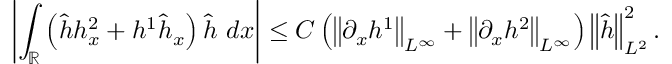
\left| \int _ { \mathbb R } \left( \widehat { h } h _ { x } ^ { 2 } + h ^ { 1 } \widehat { h } _ { x } \right) \widehat { h } \ d x \right| \leq C \left( \left\| \partial _ { x } h ^ { 1 } \right\| _ { L ^ { \infty } } + \left\| \partial _ { x } h ^ { 2 } \right\| _ { L ^ { \infty } } \right) \left\| \widehat { h } \right\| _ { L ^ { 2 } } ^ { 2 } .